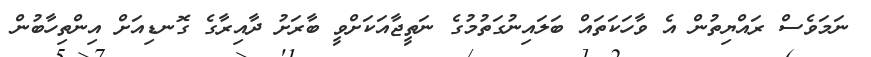
ނަމަވެސް ރައްޔިތުން އެ ވާހަކަތައް ބަލައިނުގަތުމުގެ ނަތީޖާއަކަށްވީ ބާރަށު ދާއިރާގެ ގޮނޑިއަށް އިންތިހާބުން